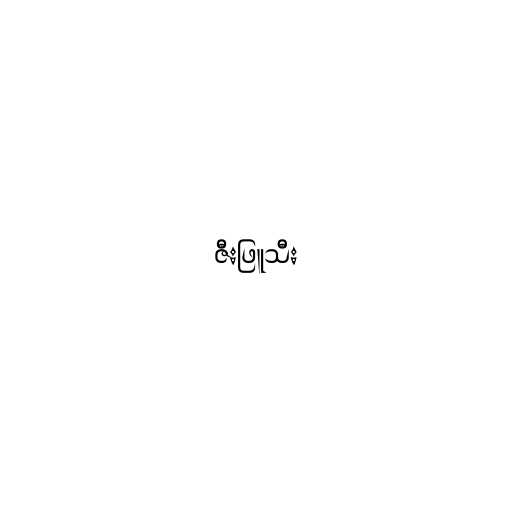
ဇီးဖြူသီး